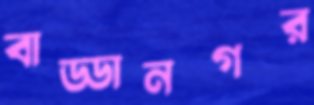
বাড্ডানগর